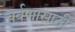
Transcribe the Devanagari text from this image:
चर्वणासाठी